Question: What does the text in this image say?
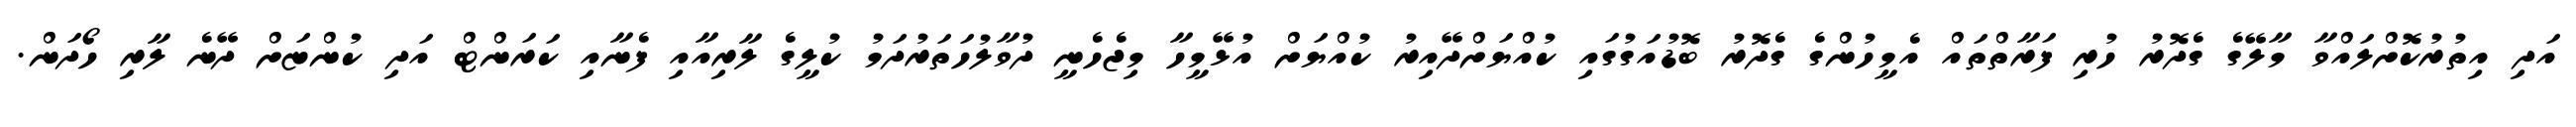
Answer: އަދި އިތުރުކޮށްލައްވާ މާލޭގެ ގެދޮރު ހުރި ފަރާތްތައް އެމީހުންގެ ގެދޮރު ބޮޑުއަގުގައި ކުއްޔަށްދޭއިރު ކުއްޔަށް އުޅޭމީހާ މިޖެހެނީ ދުވާލުހަތަރުދަމު ކުލީގެ ލާރިއާއި ފެނާއި ކަރަންޓް އަދި ކުންޏަށް ދޭނެ ލާރި ހޯދަން.